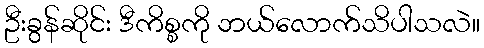
ဦးခွန်ဆိုင်း ဒီကိစ္စကို ဘယ်လောက်သိပါသလဲ။